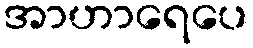
အာဟာရေပေ